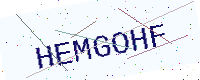
Text: HEMGOHF